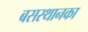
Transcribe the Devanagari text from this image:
बसस्थानका